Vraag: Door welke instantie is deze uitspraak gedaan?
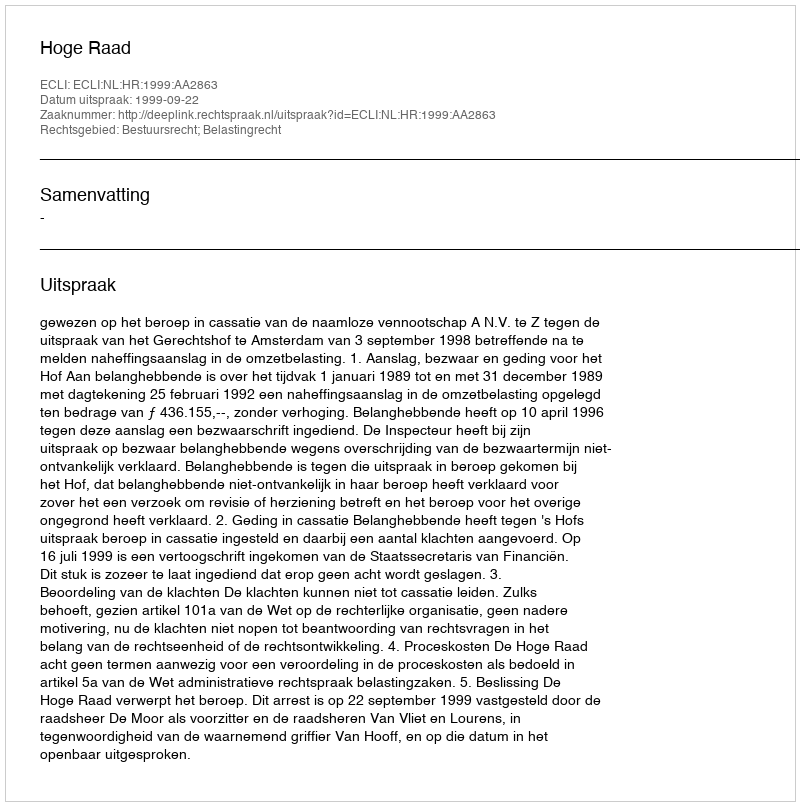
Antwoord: Hoge Raad